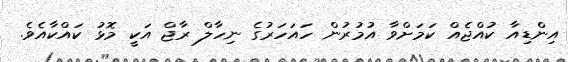
އިންޑިއާ ކުއްޖެއް ކަމަށްވާ އުމުރުން ހައަހަރުގެ ނިހާލް ރާޖް އަކީ މޮޅު ކައްކާއެވެ.